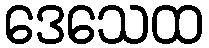
ဒေသေထ